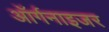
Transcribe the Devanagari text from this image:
ऑर्गनाइजर